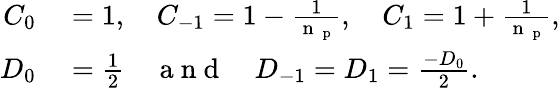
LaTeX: \begin{array}{rl}{C_{0}}&{{}=1,\quad C_{-1}=1-\frac{1}{\mathrm{~n~}_{\mathrm{~p~}}},\quad C_{1}=1+\frac{1}{\mathrm{~n~}_{\mathrm{~p~}}},}\\ {D_{0}}&{{}=\frac{1}{2}\quad\mathrm{~a~n~d~}\quad D_{-1}=D_{1}=\frac{-D_{0}}{2}.}\end{array}